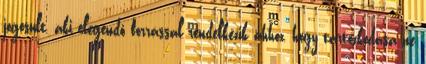
jogosult, aki elegendő forrással rendelkezik ahhoz, hogy tartózkodása ne